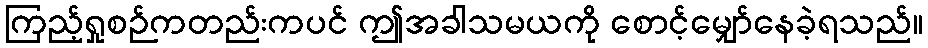
ကြည့်ရှုစဉ်ကတည်းကပင် ဤအခါသမယကို စောင့်မျှော်နေခဲ့ရသည်။